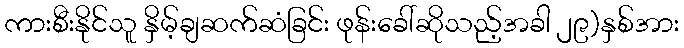
ကားစီးနိုင်သူ နှိမ့်ချဆက်ဆံခြင်း ဖုန်းခေါ်ဆိုသည့်အခါ ၂၉)နှစ်အား